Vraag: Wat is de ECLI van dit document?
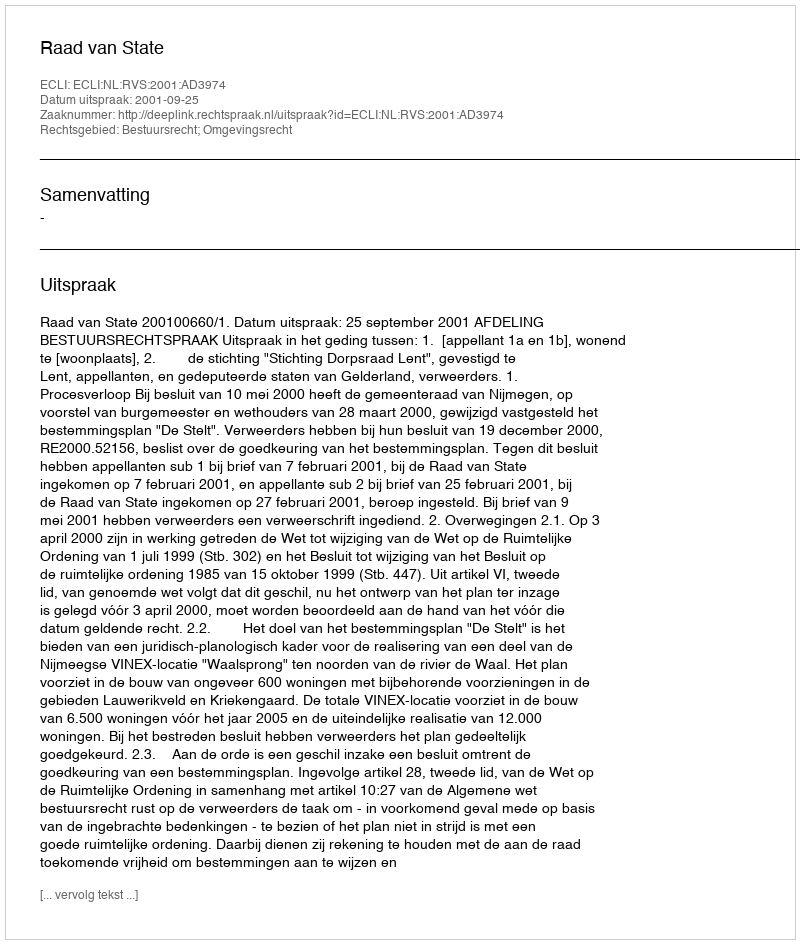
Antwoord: ECLI:NL:RVS:2001:AD3974